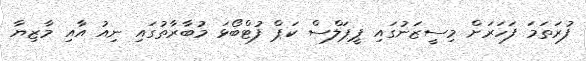
ފުރަތަމަ ފަހަރަށް މިސީޒަނުގައި ޕީޕަލްސް ކަޕް ފުޓްބޯޅަ މުބާރާތުގައި ނިއު އާއި މާޒިޔާ